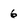
Character: 6